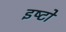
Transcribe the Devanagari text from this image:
इष्‍टों